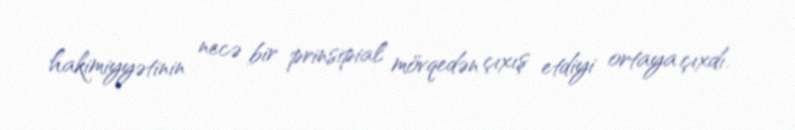
hakimiyyətinin necə bir prinsipial mövqedən çıxış etdiyi ortaya çıxdı.